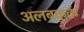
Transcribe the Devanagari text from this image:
अलबकुर्क